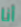
أنا